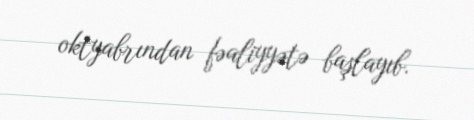
oktyabrından fəaliyyətə başlayıb.